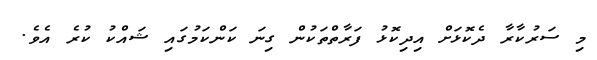
މި ސަރުކާރާ ދެކޮޅަށް އިދިކޮޅު ފަރާތްތަކުން ގިނަ ކަންކަމުގައި ޝައްކު ކުރެ އެވެ.